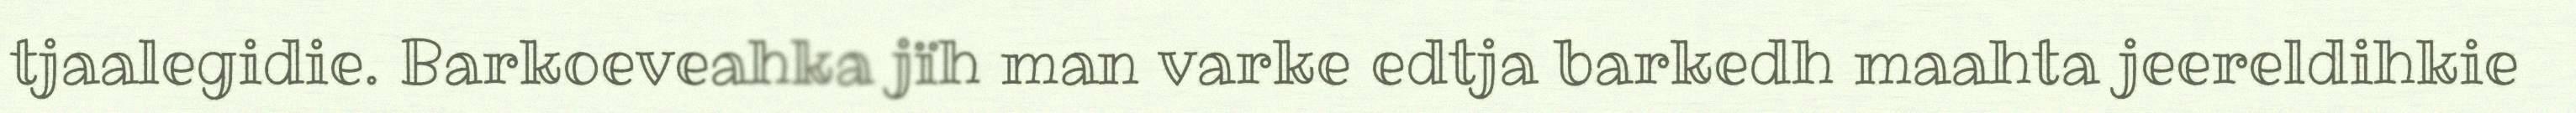
tjaalegidie. Barkoeveahka jïh man varke edtja barkedh maahta jeereldihkie